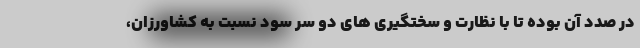
در صدد آن بوده تا با نظارت و سختگیری های دو سر سود نسبت به کشاورزان،